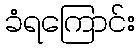
ခံရကြောင်း